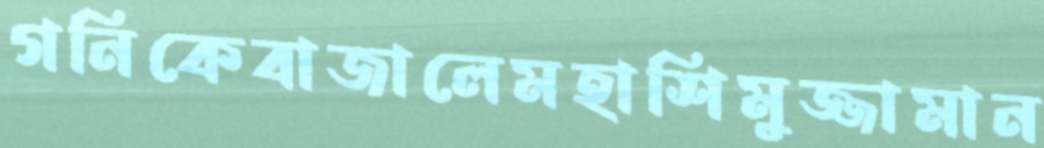
গনিকেবাজালেমহাশিমুজ্জামান